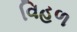
વિહળ